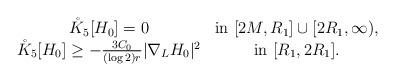
LaTeX: \begin{align*}\begin{array}{cc}\mathring{K}_5[H_0]=0 & \textup{in}\ [2M,R_1]\cup [2R_1,\infty),\\\mathring{K}_5[H_0]\geq -\frac{3C_0}{(\log 2) r}|\nabla_L H_0|^2 & \textup{in}\ [R_1,2R_1].\end{array}\end{align*}